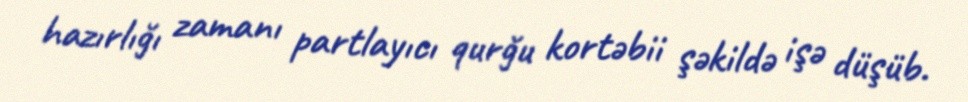
hazırlığı zamanı partlayıcı qurğu kortəbii şəkildə işə düşüb.